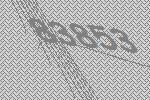
83853